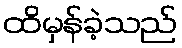
ထိမှန်ခဲ့သည်